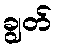
ချွတ်